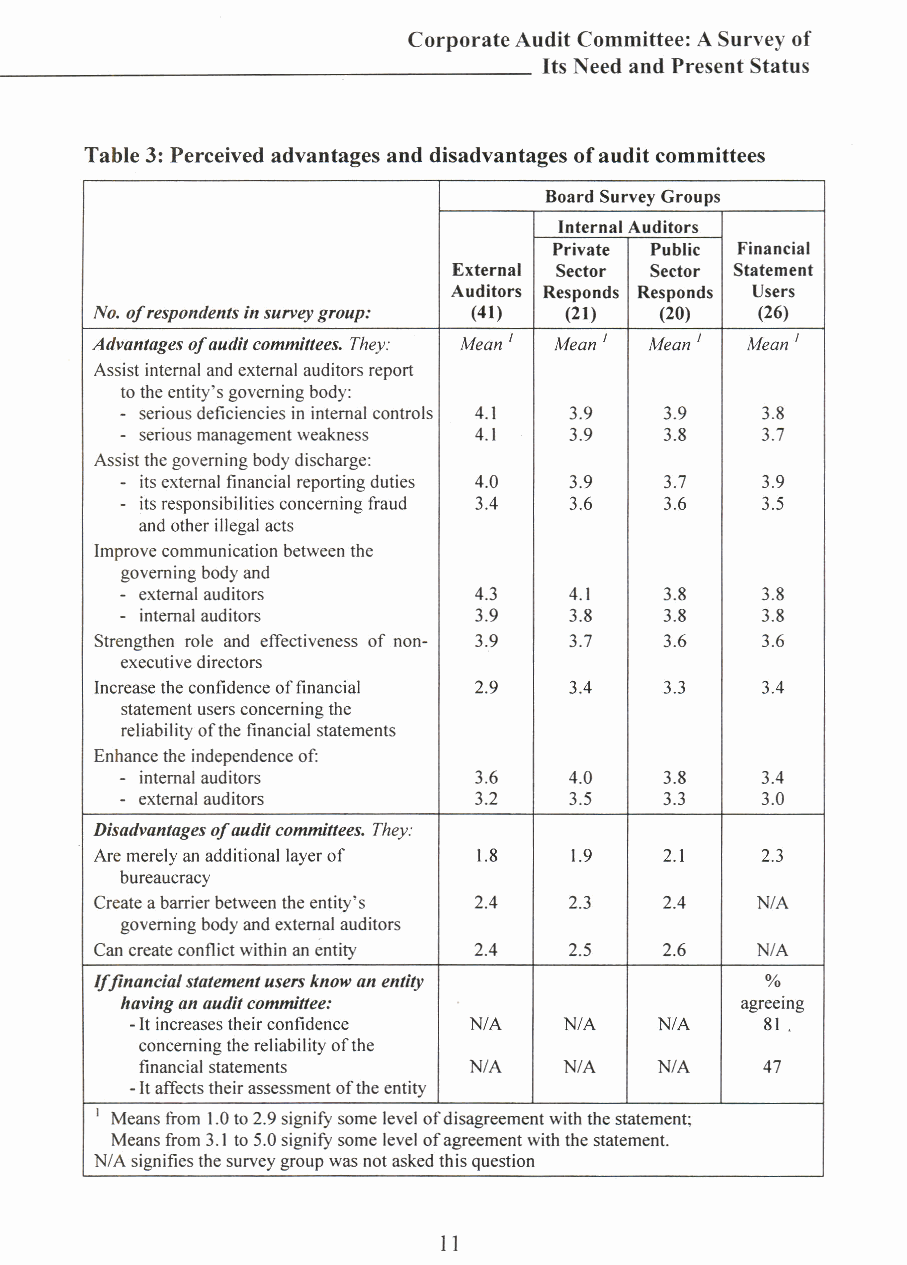
Corporate Audit Committee: ASurvey of
 ______________________              Its Need and Present Status
 Table 3: Perceived advantages and disadvantages ofaudit committees
 Board Survey Groups
 Internal Auditors
 Private Public Financial
 External Sector Sector Statement
 Auditors Responds Responds Users
 No. of respondents in survey group: (41) (21) (20) (26)
 Advantages of audit committees. They: Mean J Mean J Mean J Mean J
 Assist internal and external auditors report
 to the entity's governing body:
 - serious deficiencies in internal controls 4.1 3.9 3.9 3.8
 - serious management weakness 4.1 3.9 3.8 3.7
 Assist the governing body discharge:
 - itsexternal financial reporting duties 4.0 3.9 3.7 3.9
 - itsresponsibilities concerning fraud 3.4 3.6 3.6 3.5
 and other illegal acts
 Improve communication between the
 governing body and
 - external auditors    4.3    4.1   3.8   3.8
 - internal auditors    3.9    3.8   3.8   3.8
 Strengthen role and effectiveness of non- 3.9 3.7 3.6 3.6
 executive directors
 Increase the confidence of financial 2.9 3.4 3.3 3.4
 statement users concerning the
 reliability ofthe financial statements
 Enhance the independence of:
 - internal auditors    3.6    4.0   3.8   3.4
 - external auditors    3.2    3.5   3.3   3.0
 Disadvantages of audit committees. They:
 Are merely an additional layer of 1.8 1.9 2.1 2.3
 bureaucracy
 Create abarrier between the entity's 2.4 2.3 2.4 N/A
 governing body and external auditors
 Can create conflict within an entity 2.4 2.5 2.6 N/A
 Iffinancial statement users know an entity   %
 having an audit committee:               agreeing
 -Itincreases their confidence N/A N/A N/A 81 .
 concerning the reliability ofthe
 financial statements  N/A   N/A   N/A    47
 -Itaffects their assessment ofthe entity
 I Means from 1.0to2.9 signify some level ofdisagreement with the statement;
 Means from 3.1 to5.0 signify some level ofagreement with the statement.
 N/A signifies the survey group was not asked this question
 11